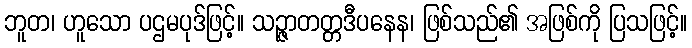
ဘူတ၊ ဟူသော ပဌမပုဒ်ဖြင့်။ သဉ္ဇာတတ္တဒီပနေန၊ ဖြစ်သည်၏ အဖြစ်ကို ပြသဖြင့်။